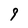
Character: 9